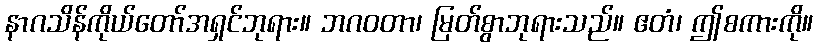
နာဂသိန်ကိုယ်တော်အရှင်ဘုရား။ ဘဂဝတာ၊ မြတ်စွာဘုရားသည်။ ဧတံ၊ ဤစကားကို။